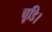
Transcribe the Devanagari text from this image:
चूडि।